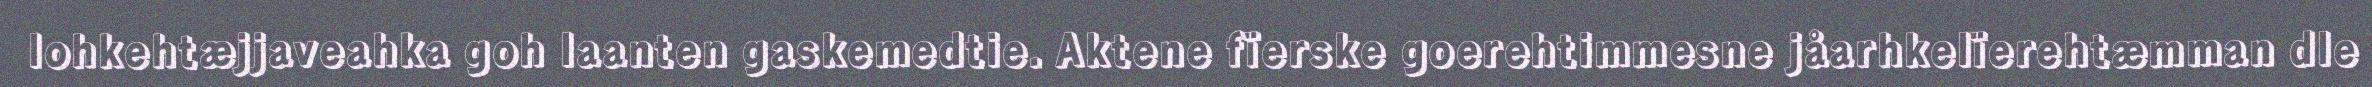
lohkehtæjjaveahka goh laanten gaskemedtie. Aktene fïerske goerehtimmesne jåarhkelïerehtæmman dle